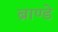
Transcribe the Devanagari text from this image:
ब्राण्डे